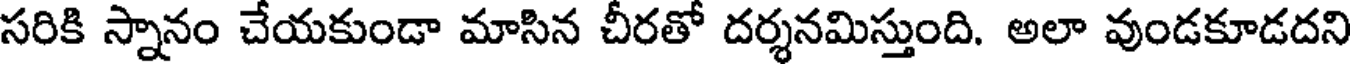
సరికి స్నానం చేయకుండా మాసిన చీరతో దర్శనమిస్తుంది. అలా వుండకూడదని